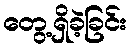
တွေ့ရှိခဲ့ခြင်း